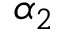
\alpha _ { 2 }